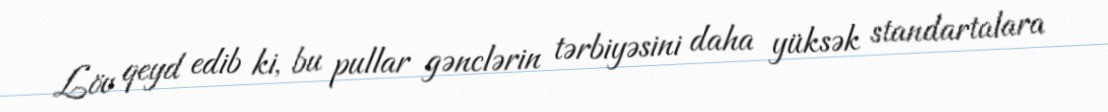
Löv qeyd edib ki, bu pullar gənclərin tərbiyəsini daha yüksək standartalara